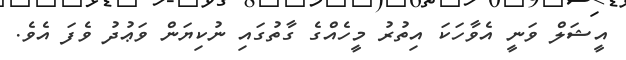
އީޝަލް ވަނީ އެވާހަކަ އިތުރު މީހެއްގެ ގާތުގައި ނުކިޔަން ވަޢުދު ވެފަ އެވެ.